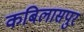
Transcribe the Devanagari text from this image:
कबिलासपुर